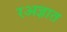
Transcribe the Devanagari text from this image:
रअज्ञात